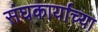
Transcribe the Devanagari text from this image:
संघकार्याच्या